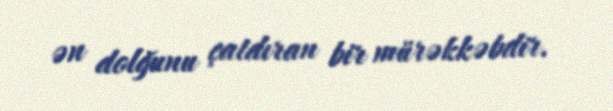
ən dolğunu çatdıran bir mürəkkəbdir.